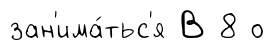
зан'има́тьс'я В 8 о